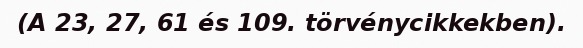
(A 23, 27, 61 és 109. törvénycikkekben).